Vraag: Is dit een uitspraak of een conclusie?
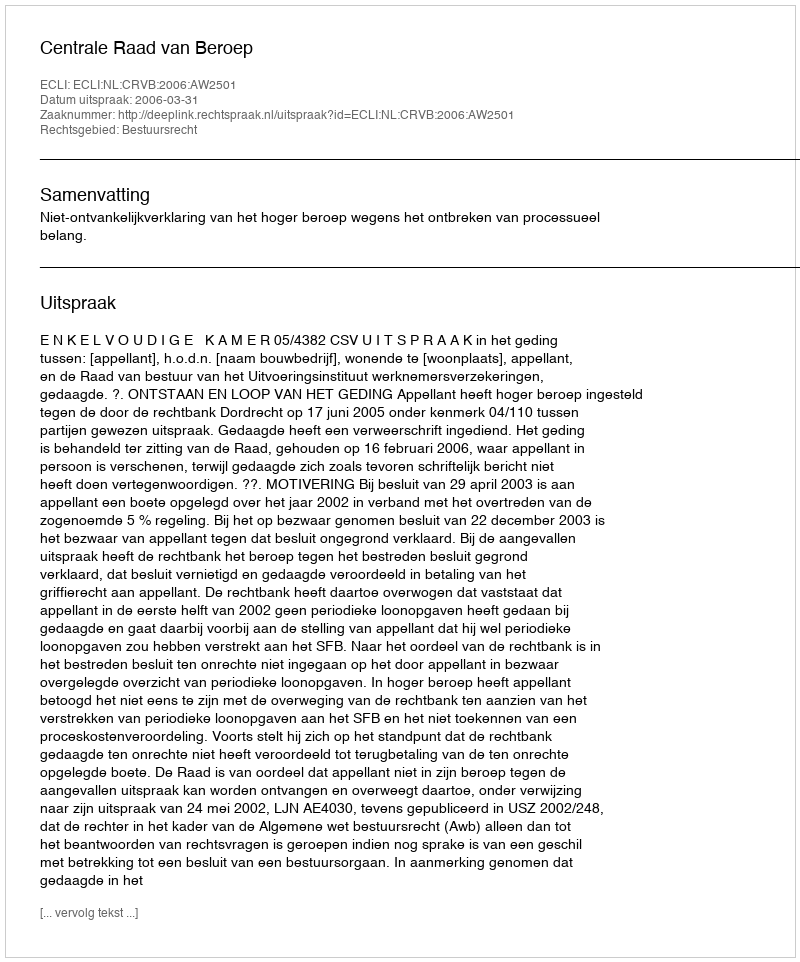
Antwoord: Uitspraak